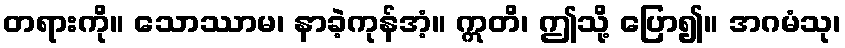
တရားကို။ သောဿာမ၊ နာခဲ့ကုန်အံ့။ ဣတိ၊ ဤသို့ ပြော၍။ အဂမံသု၊